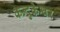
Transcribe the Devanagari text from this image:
कन्दुकेश्वर